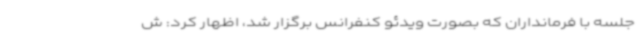
جلسه با فرمانداران که بصورت ویدئو کنفرانس برگزار شد، اظهار کرد: ش